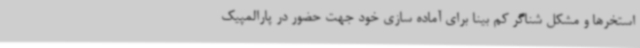
استخرها و مشکل شناگر کم بینا برای آماده سازی خود جهت حضور در پارالمپیک